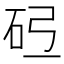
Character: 𪿓